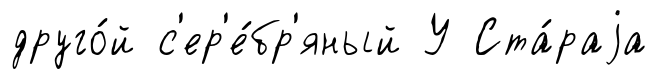
друго́й с'ер'е́бр'яный У Ста́раjа